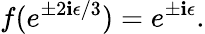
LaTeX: f(e^{\pm2\mathbf{i}\epsilon/3})=e^{\pm\mathbf{i}\epsilon}.